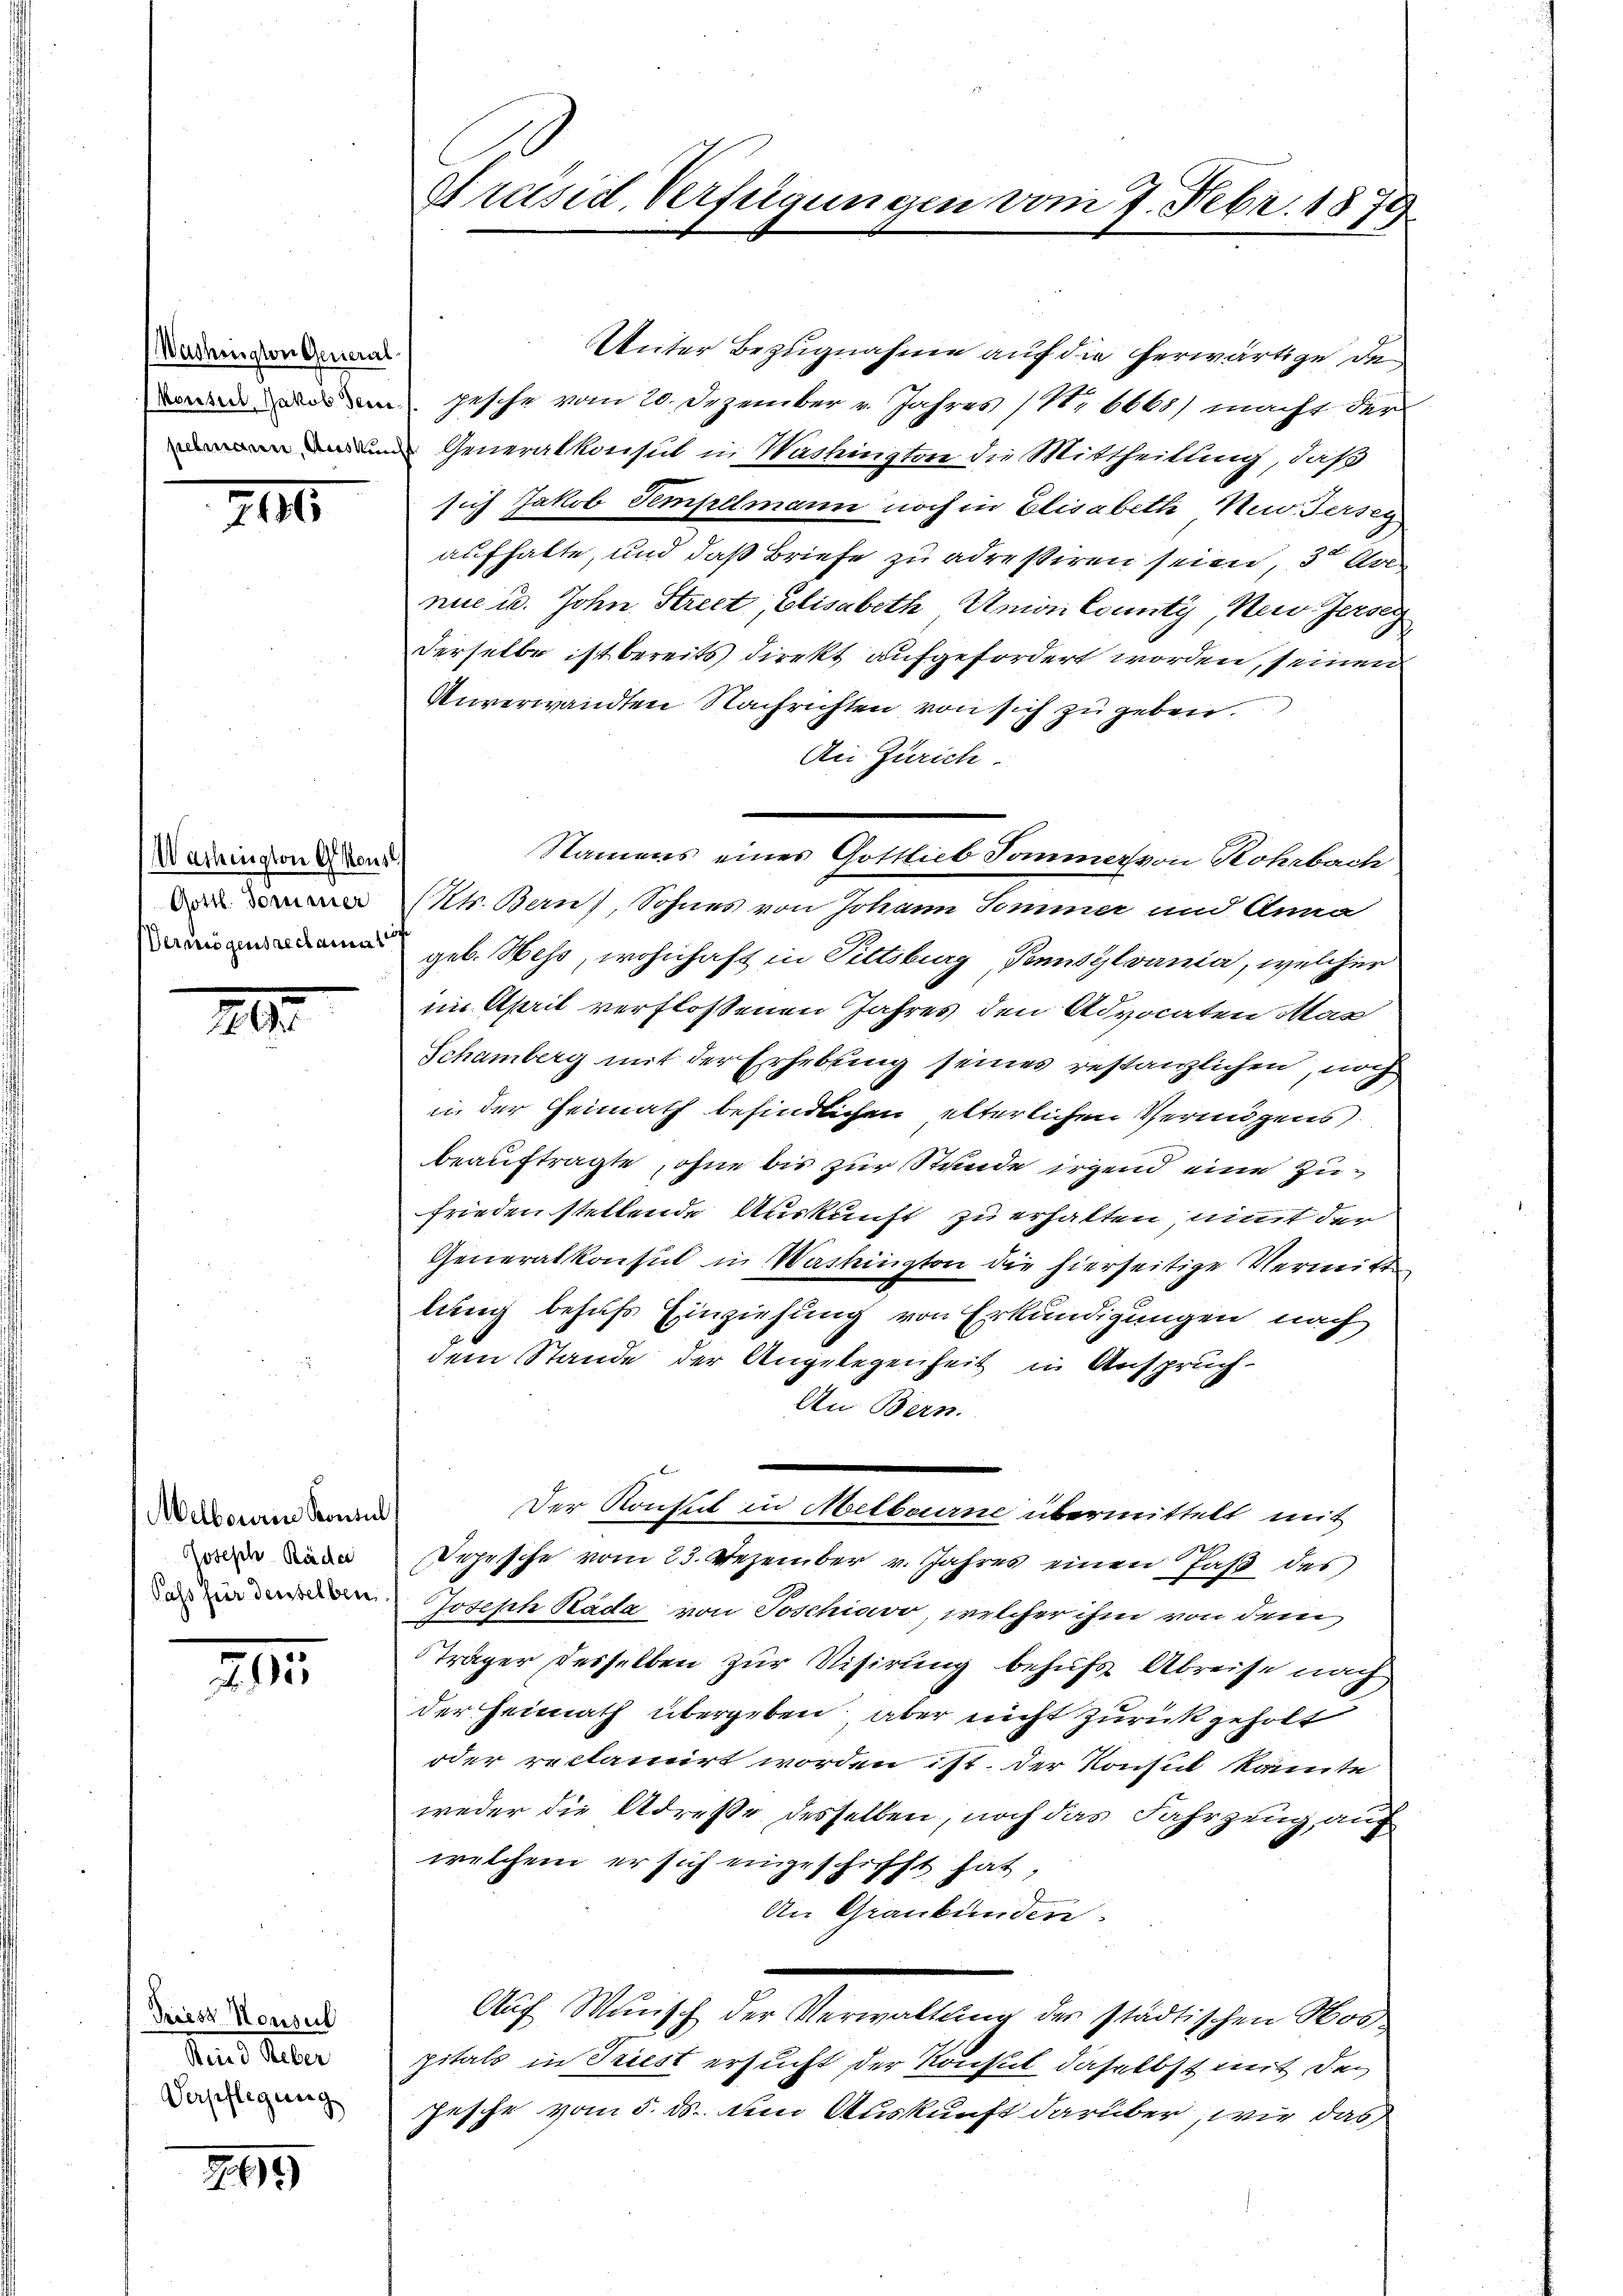
Washington General

XIII

Washington konst
Gottl. Former
Vermögensrechan

2

Melbouren Konsul
Joseph Räder
Pass für derselben

IIII

Priesz Housul
Stein d Reber
Verpflegung

769

Präsid. Verfügungen vom 7. Febr. 1879

Unter Bezugnahme auf die herwärtige de
wen und gesche vom 20. Dezember v. Jahres (Nr 6668) macht der
n Generalkonsul in Washington die Mittheilung, daß
sich Jakob Tempelmann noch in Elisabeth New-Jersei
aufhalte, und daß Briefe zu adressiren seien, 30 Au
nue u. John Strect, Elisabeth, Union County, Neu Jersey
derselbe ist bereits direkt aufgefordert worden, seinen
Unverwandten Nachrichten von sich zu geben.
Die Zürich.
tr. Bern, Sohnes von Johann Sommer und Anna
geb. Wess, wohnhaft in Pittsburg, Tennsylvania, welcher
im April verflossenen Jahres den Advocaten Man
Schamberg mit der Erhebung seines restanzlichen, noch
in der Heimath befindlichen elterlichen Vermögens
beauftragte, ohne bis zur Stunde irgend eine Zufrieden stellende Auskunft zu erhalten, nimmt der
Generalkonsul in Washington die hierseitige Vermitt
lung behufs Einziehung von Erkundigungen nach
dem Stande der Angelegenheit in Anspruch-
An Bern.
Der Konseil in Melbourne übermittelt mit
Dopische vom 23. Dezember v. Jahres einen Paß des
Joseph Rada von Joschiavo, welcher ihm von dem
Träger desselben zur Visirung behufs Abreise nach
der Heimath übergeben, aber nicht zurückgeholt
oder reclamirt worden ist. Der Konsul kannte
weder die Adresse desselben, noch das Fahrzeug auf
welchem er sich eingeschicht hat,
An Graubünden.
Auf Minisch der Verwaltung der städtischen Morpitals in Triest ersucht der Konseil daselbst mit den
pesche vom 5. ds. um Auskunft darüber, wie das
s

Namens eines Gottlieb Sommervon Rohrbach